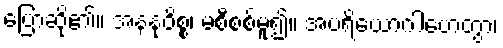
ပြောဆို၏။ အနနုဝိစ္စ၊ မစီစစ်မူ၍။ အပရိယောဂါဟေတွာ၊